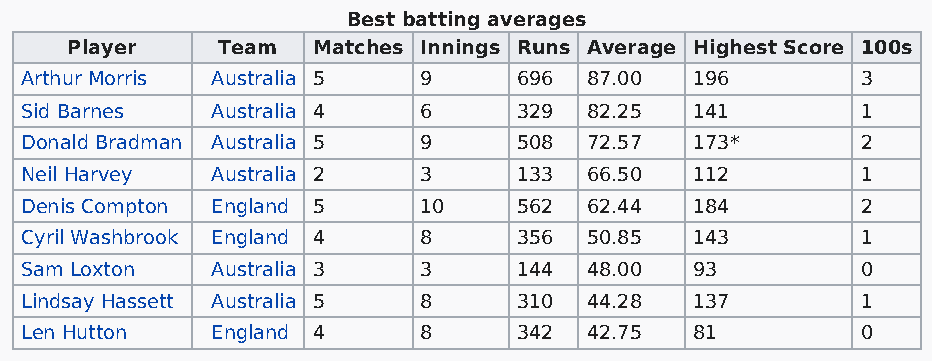
Best batting averages
 Player    Team   Matches Innings Runs Average Highest Score 100s
 Arthur Morris Australia 5  9     696  87.00  196        3
 Sid Barnes   Australia 4   6     329  82.25  141        1
 Donald Bradman Australia 5 9     508  72.57  173*       2
 Neil Harvey  Australia 2   3     133  66.50  112        1
 Denis Compton England 5    10    562  62.44  184        2
 Cyril Washbrook England 4  8     356  50.85  143        1
 Sam Loxton   Australia 3   3     144  48.00  93         0
 Lindsay Hassett Australia 5 8    310  44.28  137        1
 Len Hutton   England 4     8     342  42.75  81         0